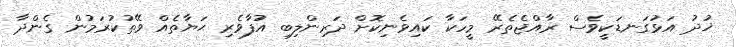
ޚުދު އަޅުގަނޑަކީވެސް ރާއްޖެތެރޭ މީހަކާ ކައިވެނިކޮށް ދަރިންލިބި އުފާވެރި ޙަޔާތެއް ވޭތުކުރަމުން ގެންދާ